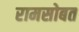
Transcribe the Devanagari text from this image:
रामसोबत